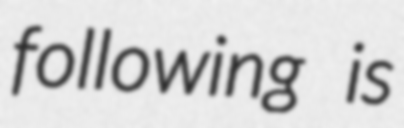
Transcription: following is